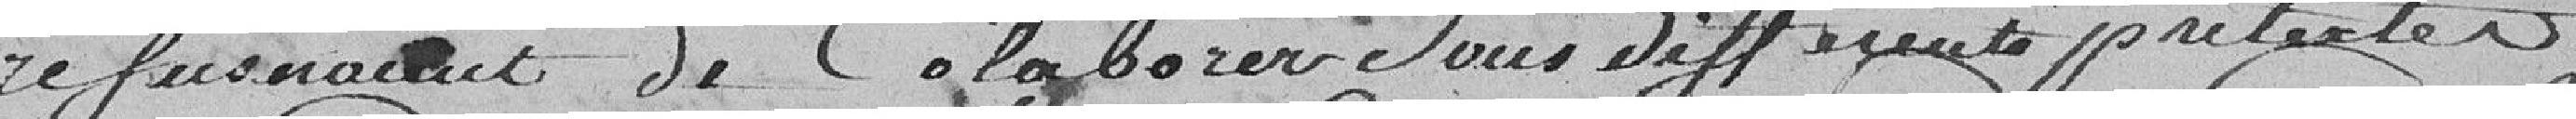
refusaient de collaborer sous différents prétextes